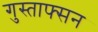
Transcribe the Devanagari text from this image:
गुस्ताफ्सन